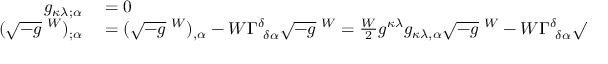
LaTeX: \begin{array} { r l } { g _ { \kappa \lambda ; \alpha } } & { { } = 0 } \\ { ( { \sqrt { - g } } \; ^ { W } ) _ { ; \alpha } } & { { } = ( { \sqrt { - g } } \; ^ { W } ) _ { , \alpha } - W \Gamma _ { ~ \delta \alpha } ^ { \delta } { \sqrt { - g } } \; ^ { W } = { \frac { W } { 2 } } g ^ { \kappa \lambda } g _ { \kappa \lambda , \alpha } { \sqrt { - g } } \; ^ { W } - W \Gamma _ { ~ \delta \alpha } ^ { \delta } { \sqrt { - g } } \; ^ { W } = 0 \, . } \end{array}